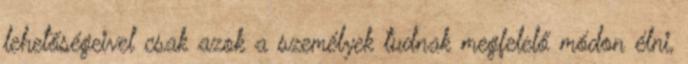
lehetőségeivel csak azok a személyek tudnak megfelelő módon élni,